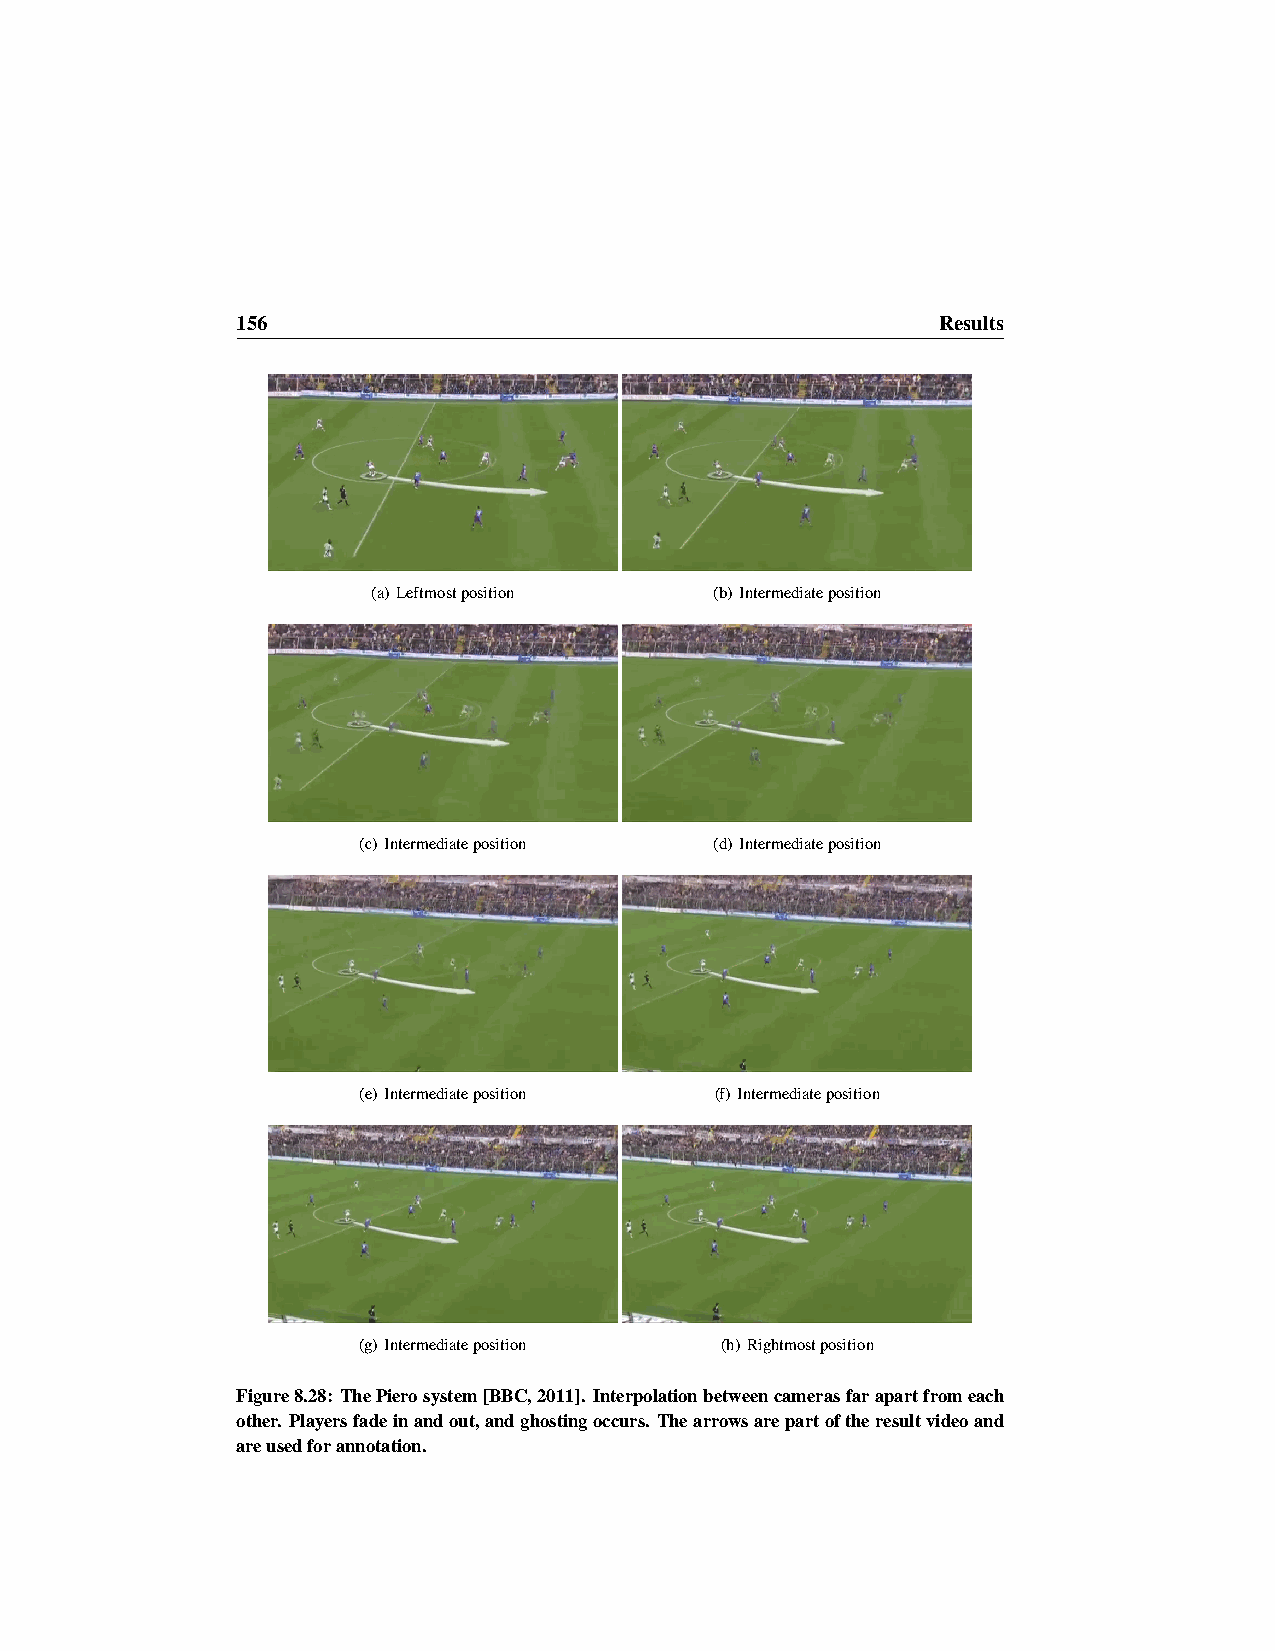
156                                           Results
 (a) Leftmostposition  (b) Intermediateposition
 (c) Intermediateposition (d) Intermediateposition
 (e) Intermediateposition (f) Intermediateposition
 (g) Intermediateposition (h) Rightmostposition
 Figure8.28: ThePierosystem[BBC,2011]. Interpolationbetweencamerasfarapartfromeach
 other. Playersfadeinandout,andghostingoccurs. Thearrowsarepartoftheresultvideoand
 areusedforannotation.